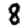
Digit: 8